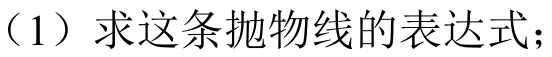
（1）求这条抛物线的表达式；